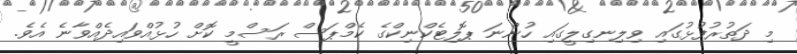
މި ދަތުރުފުޅުގައި ވިލިނގިލީގައި ހުންނަ ޕޮލިޓެކްނިކްގެ ކެމްޕަސް ރަސްމީ ކޮށް ހުޅުއްވައިދެއްވާނެ އެވެ.